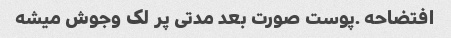
افتضاحه .پوست صورت بعد مدتی پر لک وجوش میشه